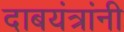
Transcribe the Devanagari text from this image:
दाबयंत्रांनी